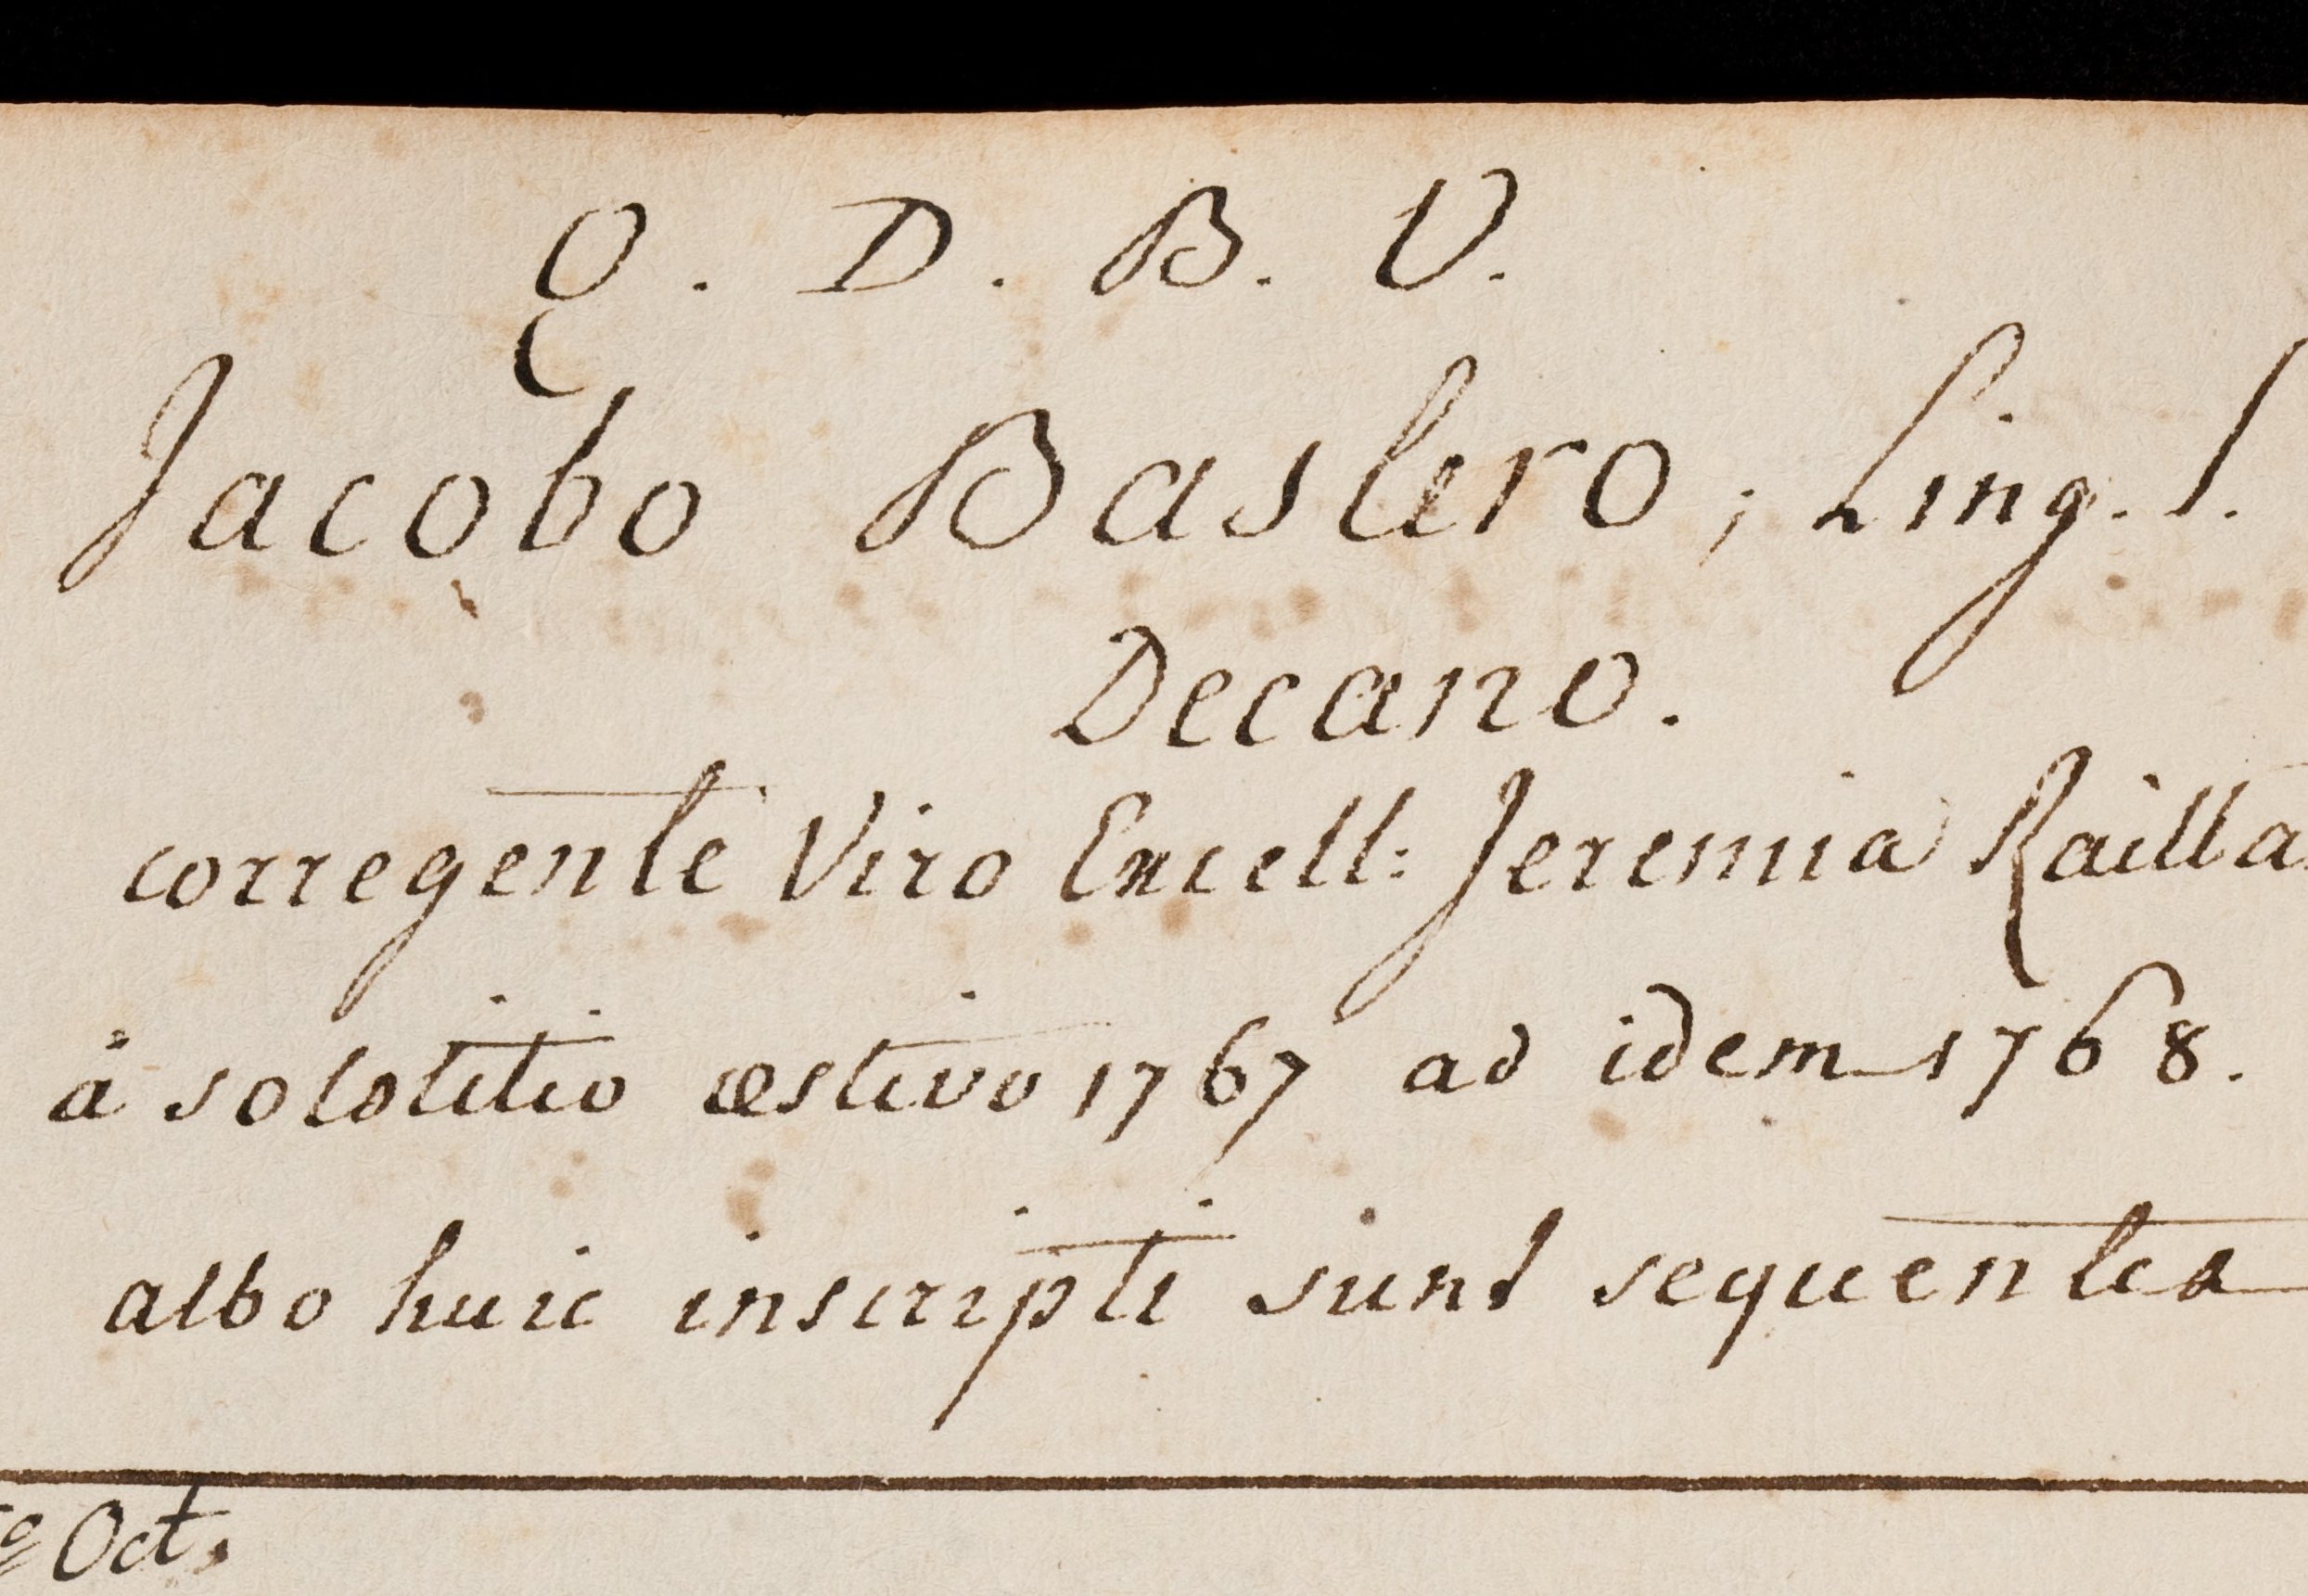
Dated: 1599–1837